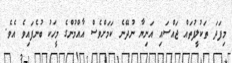
މިފަދަ ތަކުލީފުތައް ޖައްސައި އަނިޔާ ނުދޭނެ ކަމަށްވެސް އާއްމުންގެ މީހަކު ބުނެފައިވެ އެވެ.